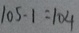
1 0 5 - 1 = 1 0 4